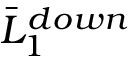
\bar { L } _ { 1 } ^ { d o w n }